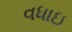
વધાઇ